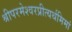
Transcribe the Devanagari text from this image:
श्रीपरमेश्वरप्रीत्यर्थमिमां